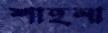
শাহনা